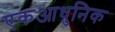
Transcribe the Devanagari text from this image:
एकआधुनिक